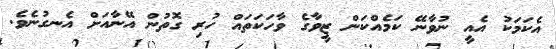
އެކަމަކު އެއީ ނުވާނޭ ކަމެއްކަން ޒީވާގެ ވާހަކަތައް ހުރި ގޮތުން އޭނާއަށް އެނގުނެވެ.